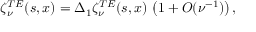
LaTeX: \zeta _ { \nu } ^ { T E } ( s , x ) = \Delta _ { 1 } \zeta _ { \nu } ^ { T E } ( s , x ) \, \left( 1 + { \cal O } ( \nu ^ { - 1 } ) \right) ,